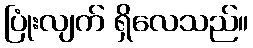
ပြုံးလျက် ရှိလေသည်။